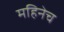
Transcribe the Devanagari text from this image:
महिनेच